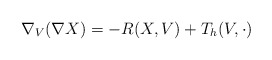
\begin{align*}\nabla_V (\nabla X) = - R(X, V) + T_h (V,\cdot) \end{align*}